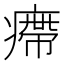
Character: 㿃